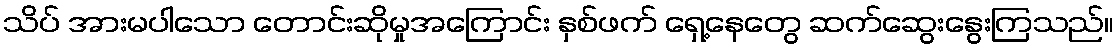
သိပ် အားမပါသော တောင်းဆိုမှုအကြောင်း နှစ်ဖက် ရှေ့နေတွေ ဆက်ဆွေးနွေးကြသည်။